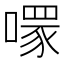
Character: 𠾪